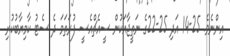
އިންނެވެ. 25-14 އަދި 25-22ގެ ނަތީޖާއަކުން ސީއެޗްއެސީ ފުރަތަމަ ދެ ސެޓު ކާމިޔާބުކުރި